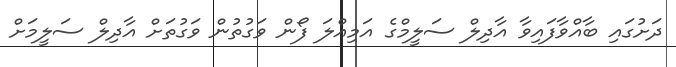
ދަށުގައި ބާއްވާފައިވާ އާދިލް ސަލީމްގެ އަމިއްލަ ފޯން ވަގުތުން ވަގުތަށް އާދިލް ސަލީމަށް